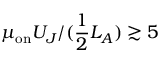
\mu _ { \mathrm { o n } } U _ { J } / ( \frac { 1 } { 2 } L _ { A } ) \gtrsim 5